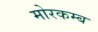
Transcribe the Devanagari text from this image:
मोरकम्ब